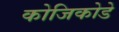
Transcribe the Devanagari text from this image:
कोजिकोडे